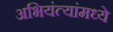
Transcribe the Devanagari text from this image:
अभियंत्यांमध्ये